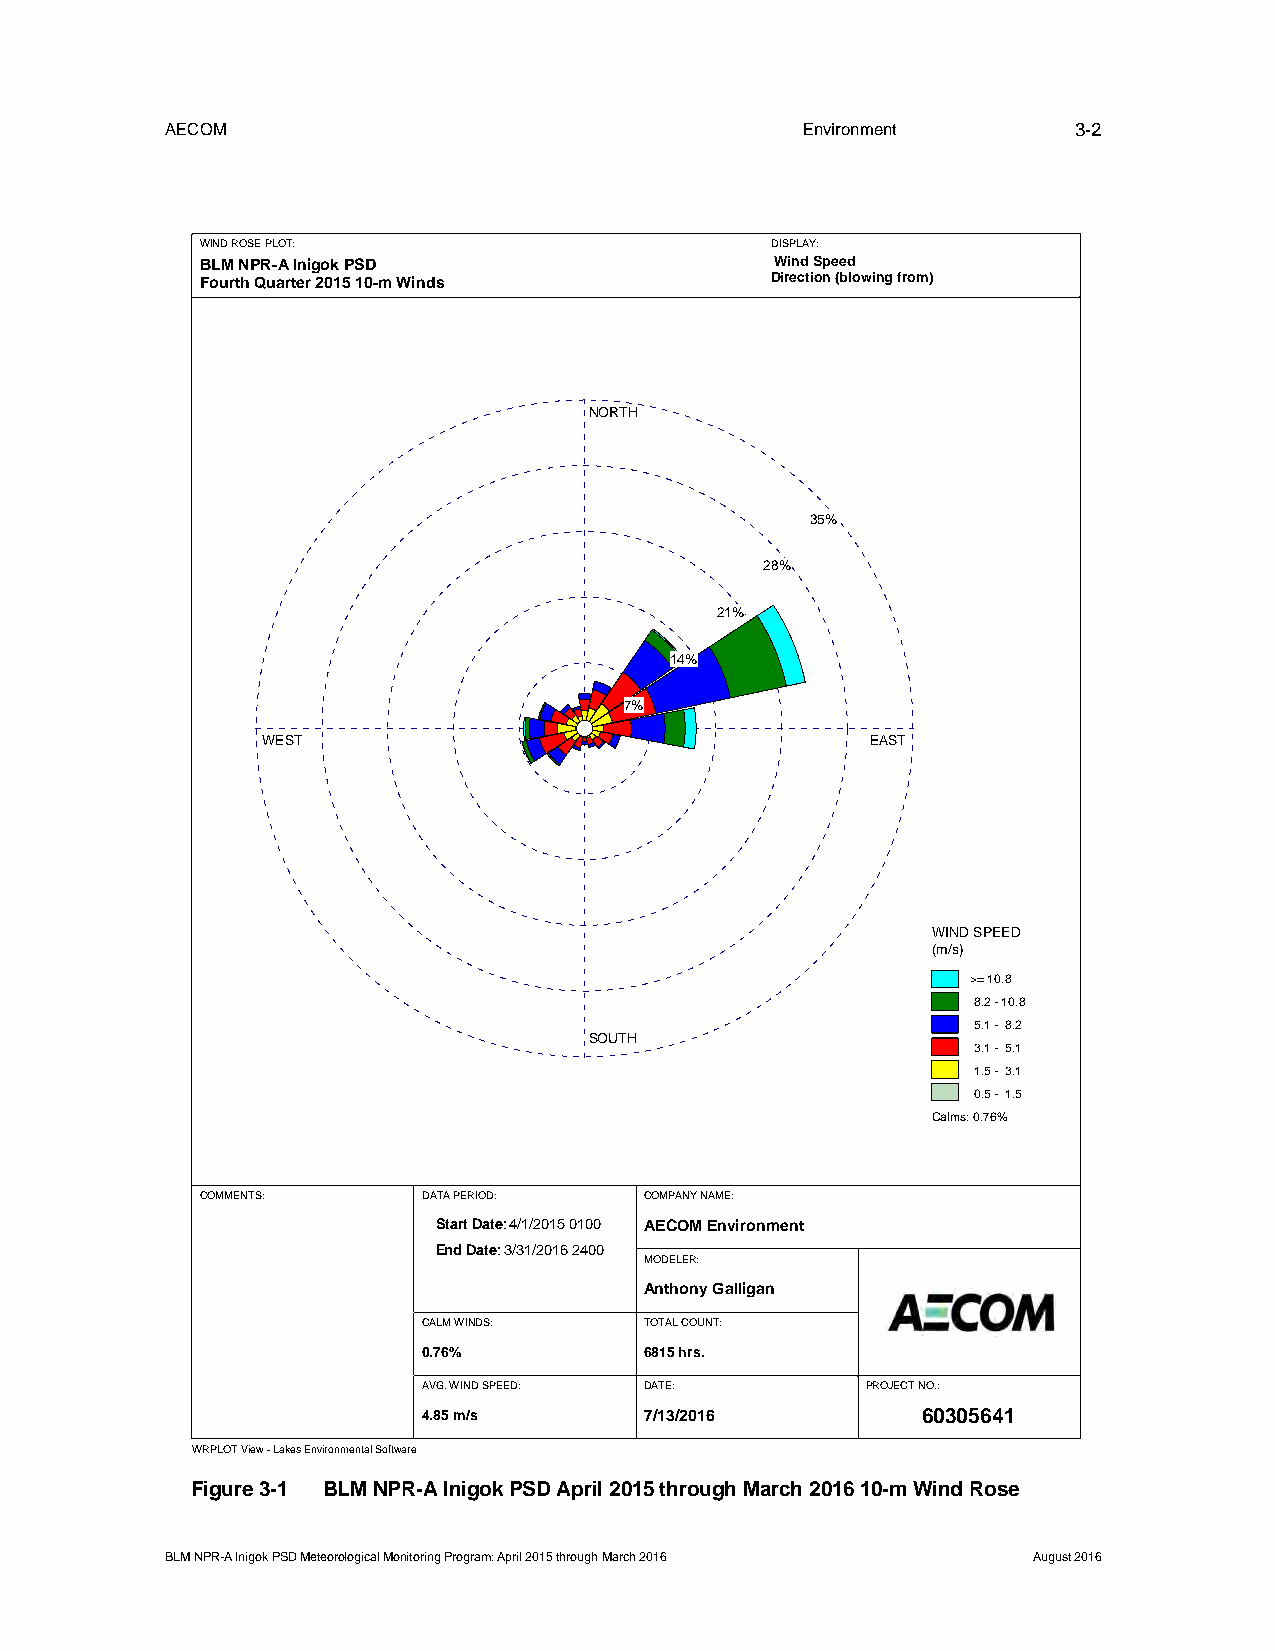
AECOM                                     Environment       3-2
 WIND ROSE PLOT:                       DISPLAY:
 BLM NPR-A Inigok PSD                  Wind Speed
 Fourth Quarter 2015 10-m Winds        Direction (blowing from)
 NORTH
 35%
 28%
 21%
 14%
 7%
 WEST                                     EAST
 WIND SPEED
 (m/s)
 >= 10.8
 8.2 - 10.8
 5.1 - 8.2
 SOUTH
 3.1 - 5.1
 1.5 - 3.1
 0.5 - 1.5
 Calms: 0.76%
 COMMENTS:      DATA PERIOD:   COMPANY NAME:
 StSartta rDt aDtea:t e4:/ 14//210/21051 -5 0 001:0000 AECOM Environment
 End Date: 3/31/2016 - 23:00
 End Date: 3/31/2016 2400
 MODELER:
 Anthony Galligan
 CALM WINDS:    TOTAL COUNT:
 0.76%          6815 hrs.
 AVG. WIND SPEED: DATE:       PROJECT NO.:
 4.85 m/s       7/13/2016         60305641
 WRPLOT View - Lakes Environmental Software
 Figure 3-1 BLM NPR-A Inigok PSD April 2015 through March 2016 10-m Wind Rose
 BLM NPR-A Inigok PSD Meteorological Monitoring Program: April 2015 through March 2016 August 2016